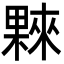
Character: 𣛤